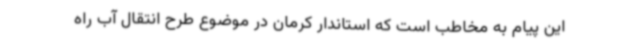
این پیام به مخاطب است که استاندار کرمان در موضوع طرح انتقال آب راه